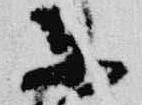
東